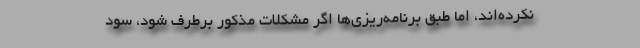
نکرده‌اند، اما طبق برنامه‌ریزی‌ها اگر مشکلات مذکور برطرف شود، سود